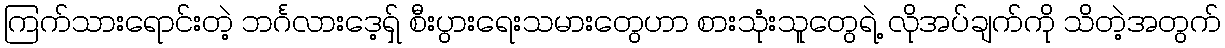
ကြက်သားရောင်းတဲ့ ဘင်္ဂလားဒေ့ရှ် စီးပွားရေးသမားတွေဟာ စားသုံးသူတွေရဲ့ လိုအပ်ချက်ကို သိတဲ့အတွက်